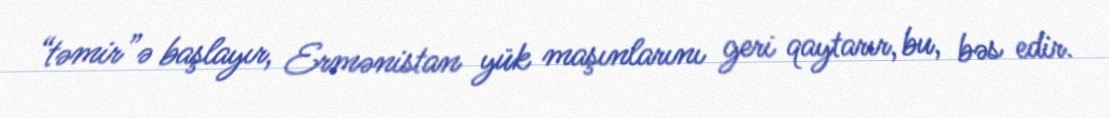
“təmir”ə başlayır, Ermənistan yük maşınlarını geri qaytarır, bu, bəs edir.